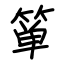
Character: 箪